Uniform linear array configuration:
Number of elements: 48
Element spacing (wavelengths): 0.5
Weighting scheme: hamming
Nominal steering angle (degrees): -15
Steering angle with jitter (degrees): -16.489
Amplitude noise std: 0.05
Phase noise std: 0.05

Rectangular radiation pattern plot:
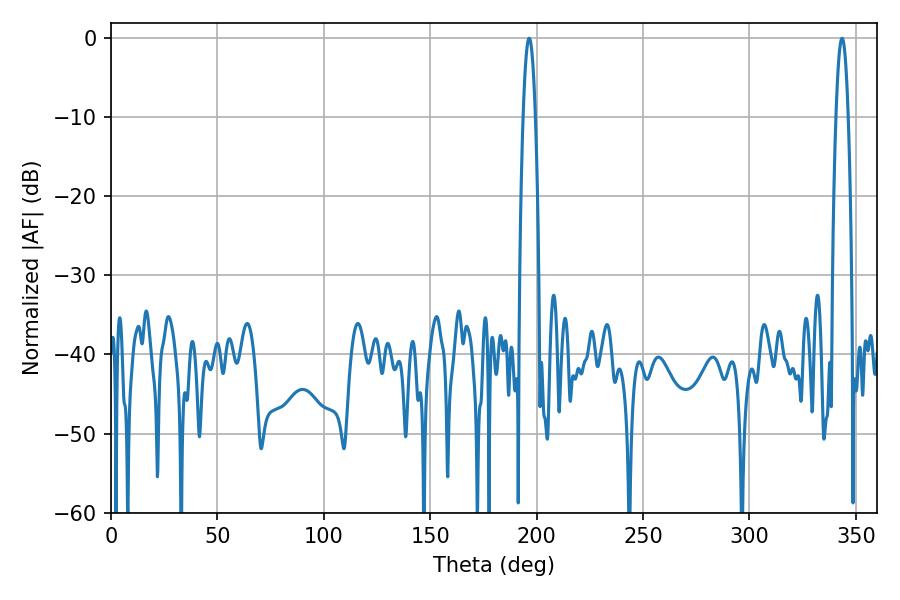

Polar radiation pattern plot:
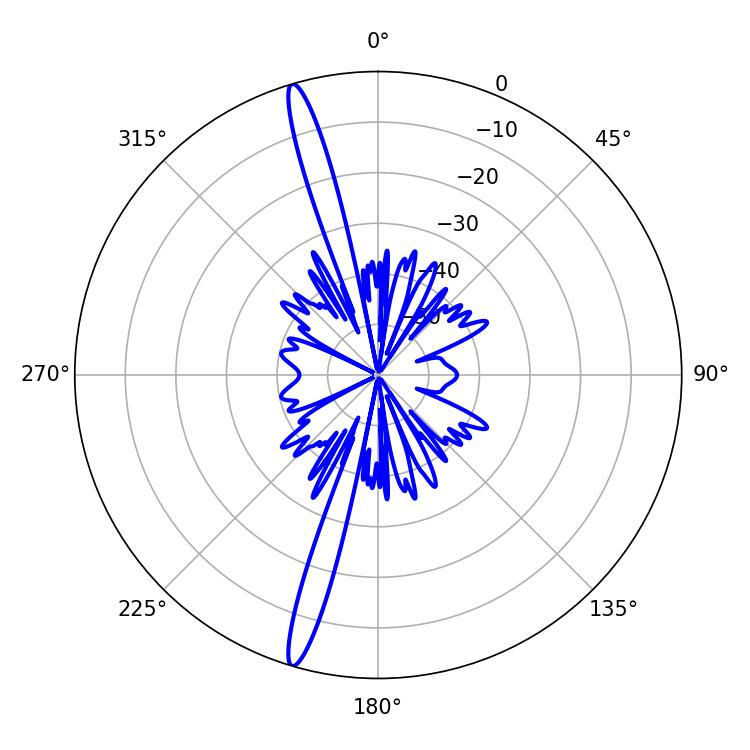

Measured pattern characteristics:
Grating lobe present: FALSE
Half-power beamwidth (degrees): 3.06
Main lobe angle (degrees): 196.56